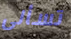
تسألى